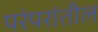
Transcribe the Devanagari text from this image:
परंपरांतील